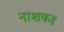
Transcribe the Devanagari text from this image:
नाशक॥